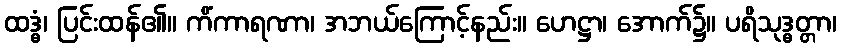
ထဒ္ဓံ၊ ပြင်းထန်၏။ ကိံကာရဏာ၊ အဘယ်ကြောင့်နည်း။ ဟေဋ္ဌာ၊ အောက်၌။ ပရိသုဒ္ဓတ္တာ၊